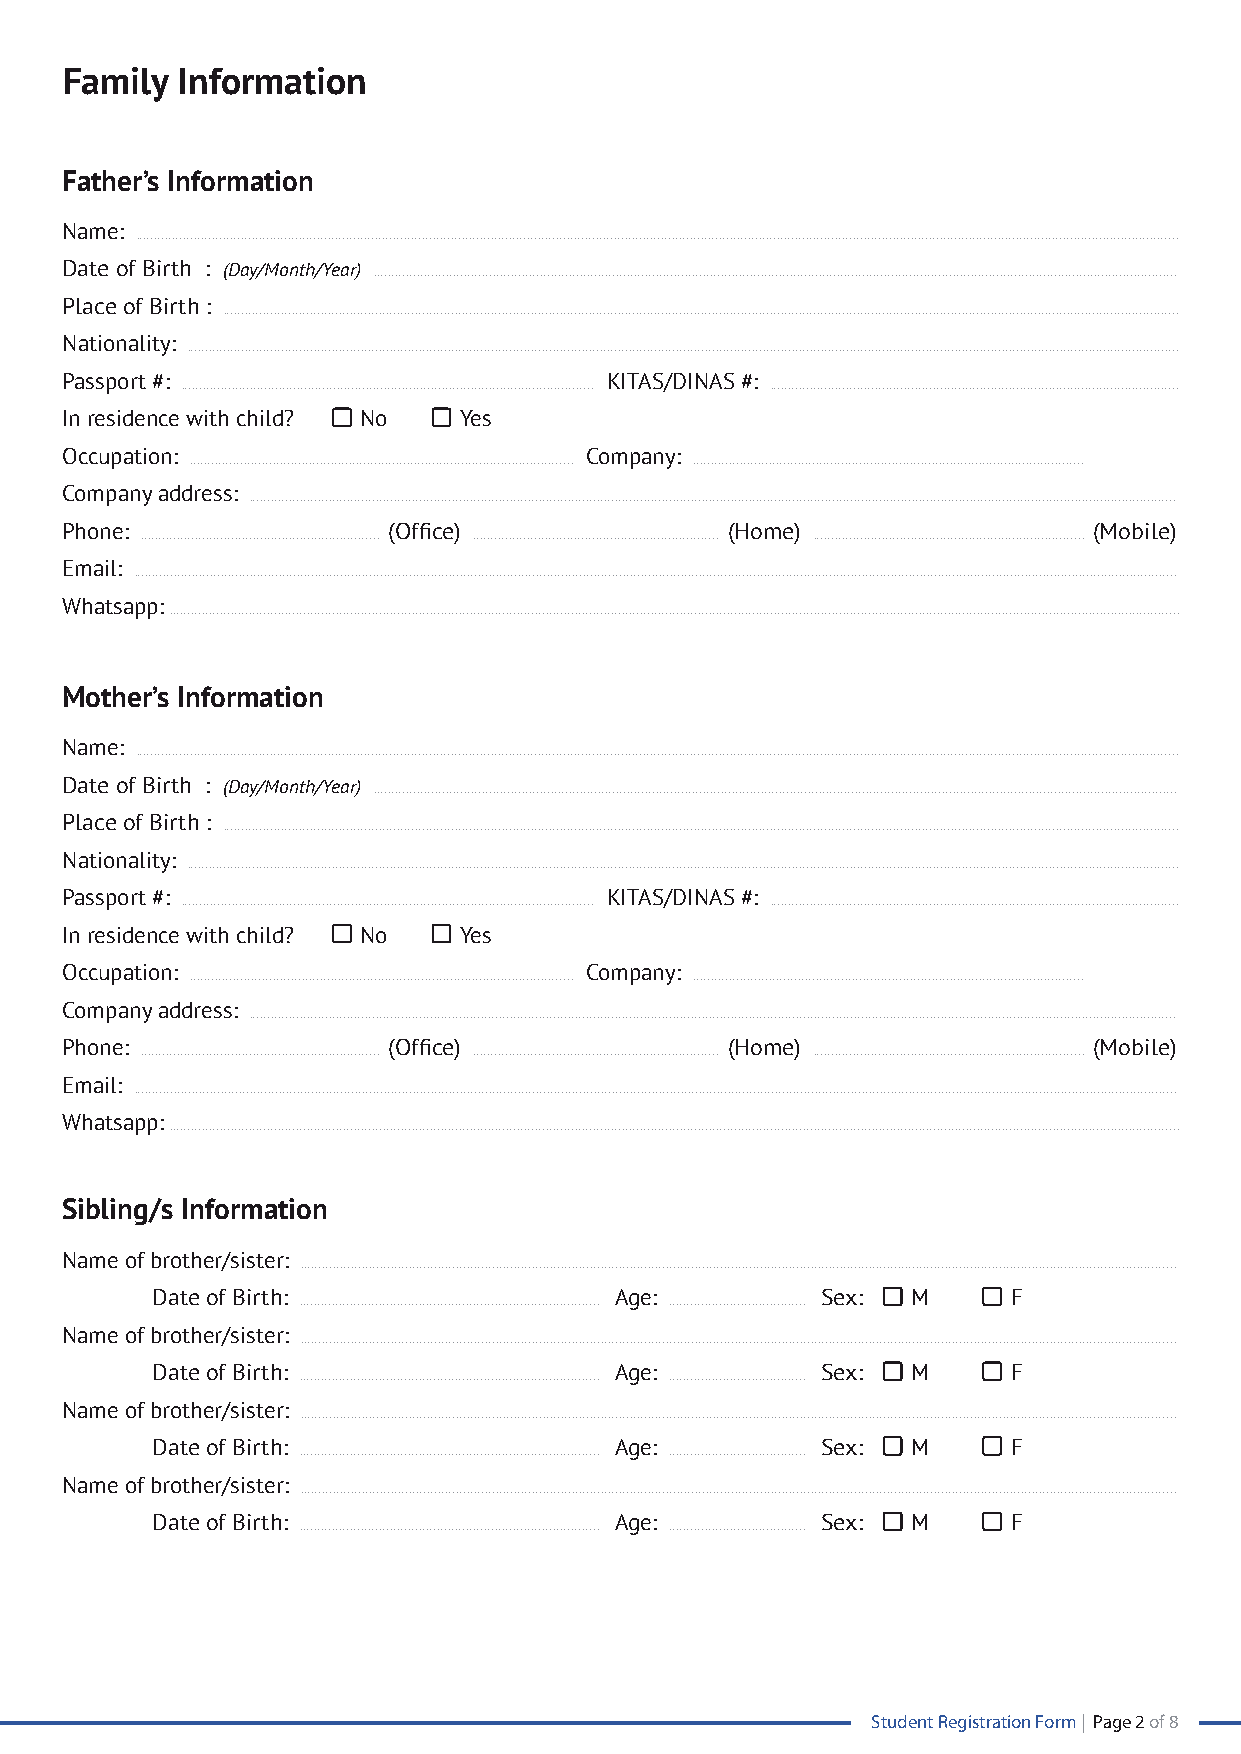
Family  Information
 Father’s Information
 Name:
 ................................................................................................................................................................................................................................................................................................
 Date of Birth : (Day/Month/Year) ..............................................................................................................................................................................................................................
 Place of Birth :
 ........................................................................................................................................................................................................................................................................
 Nationality:
 ..................................................................................................................................................................................................................................................................................
 Passport #:                         KITAS/DINAS #:
 .................................................................................................................. .................................................................................................................
 In residence with child? No Yes
 Occupation:                        Company:
 .......................................................................................................... ............................................................................................................
 Company address:
 ................................................................................................................................................................................................................................................................
 Phone:                (Office)              (Home)                  (Mobile)
 .................................................................. .................................................................... ...........................................................................
 Email:
 ................................................................................................................................................................................................................................................................................................
 Whatsapp:
 .......................................................................................................................................................................................................................................................................................
 Mother’s Information
 Name:
 ................................................................................................................................................................................................................................................................................................
 Date of Birth : (Day/Month/Year) ..............................................................................................................................................................................................................................
 Place of Birth :
 ........................................................................................................................................................................................................................................................................
 Nationality:
 ..................................................................................................................................................................................................................................................................................
 Passport #:                         KITAS/DINAS #:
 .................................................................................................................. .................................................................................................................
 In residence with child? No Yes
 Occupation:                        Company:
 .......................................................................................................... ............................................................................................................
 Company address:
 ................................................................................................................................................................................................................................................................
 Phone:                (Office)              (Home)                  (Mobile)
 .................................................................. .................................................................... ...........................................................................
 Email:
 ................................................................................................................................................................................................................................................................................................
 Whatsapp:
 .......................................................................................................................................................................................................................................................................................
 Sibling/s Information
 Name of brother/sister:
 ..................................................................................................................................................................................................................................................
 Date of Birth:                 Age:         Sex:  M      F
 ................................................................................... ......................................
 Name of brother/sister:
 ..................................................................................................................................................................................................................................................
 Date of Birth:                 Age:         Sex:  M      F
 ................................................................................... ......................................
 Name of brother/sister:
 ..................................................................................................................................................................................................................................................
 Date of Birth:                 Age:         Sex:  M      F
 ................................................................................... ......................................
 Name of brother/sister:
 ..................................................................................................................................................................................................................................................
 Date of Birth:                 Age:         Sex:  M      F
 ................................................................................... ......................................
 Student Registration Form | Page 2 of 8